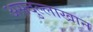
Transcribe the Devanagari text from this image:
असदुल्लाखान